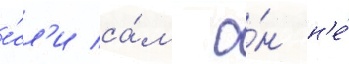
е́сл'и са́м о́н н'е́